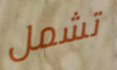
تشمل